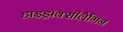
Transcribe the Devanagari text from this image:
हाइड्रॉक्सीलैमिन